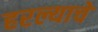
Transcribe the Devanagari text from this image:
हरल्याचे